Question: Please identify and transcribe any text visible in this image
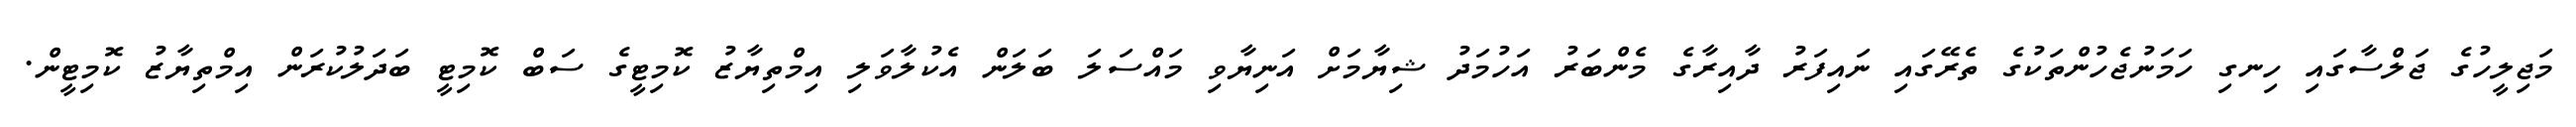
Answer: މަޖިލީހުގެ ޖަލްސާގައި ހިނގި ހަމަނުޖެހުންތަކުގެ ތެރޭގައި ނައިފަރު ދާއިރާގެ މެންބަރު އަހުމަދު ޝިޔާމަށް އަނިޔާވި މައްސަލަ ބަލަން އެކުލާވަލި އިމްތިޔާޒު ކޮމިޓީގެ ސަބް ކޮމިޓީ ބަދަލުކުރަން އިމްތިޔާޒު ކޮމިޓީން.